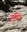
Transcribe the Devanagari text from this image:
हमिट